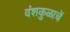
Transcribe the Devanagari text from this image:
वंशकुळाचें